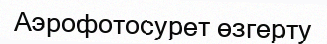
Aэрофотосурет өзгерту